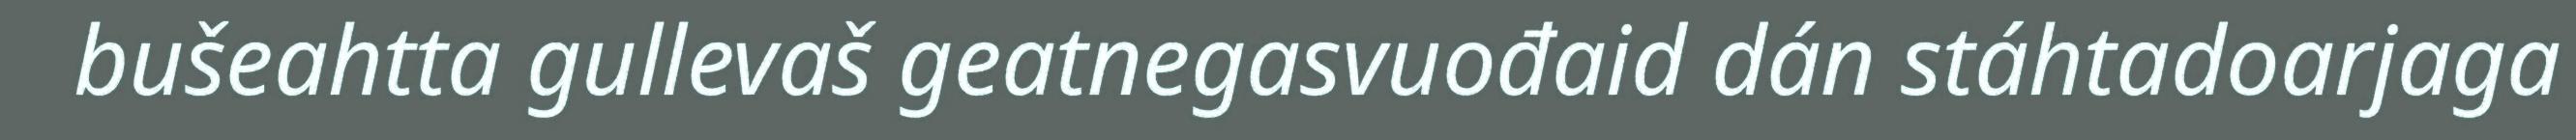
bušeahtta gullevaš geatnegasvuođaid dán stáhtadoarjaga